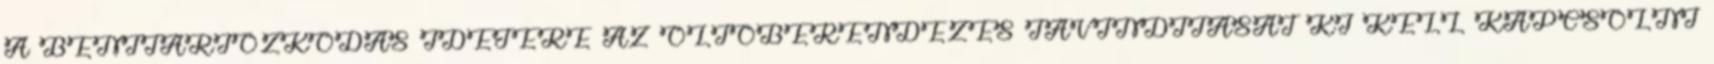
A BENTTARTÓZKODÁS IDEJÉRE AZ OLTÓBERENDEZÉS TÁVINDÍTÁSÁT KI KELL KAPCSOLNI